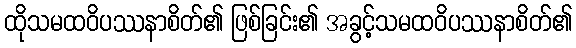
ထိုသမထဝိပဿနာစိတ်၏ ဖြစ်ခြင်း၏ အခွင့်သမထဝိပဿနာစိတ်၏